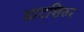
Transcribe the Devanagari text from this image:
घाटशिरुर